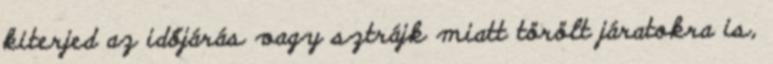
kiterjed az időjárás vagy sztrájk miatt törölt járatokra is,